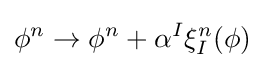
\phi ^{n}\rightarrow \phi ^{n}+\alpha ^{I}\xi _{I}^{n}(\phi )